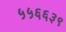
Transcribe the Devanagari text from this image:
५५६६३९